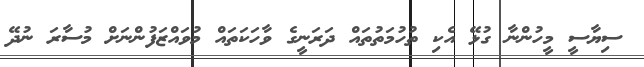
ސިޔާސީ މީހުންނާ ގުޅޭ އެކި ތުހުމަތުތައް ދަރަނީގެ ވާހަކަތައް މުވައްޒަފުންނަށް މުސާރަ ނުދޭ